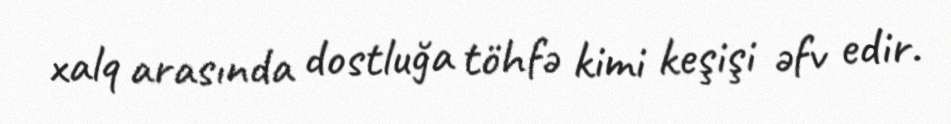
xalq arasında dostluğa töhfə kimi keşişi əfv edir.